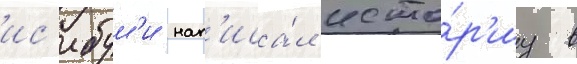
ис'ибум'и нап'иса́л исто́р'иу в